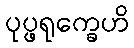
ပုပ္ဖရုက္ခေဟိ